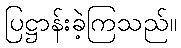
ပြဋ္ဌာန်းခဲ့ကြသည်။